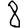
Digit: 8